Annual administration and progress report of the Indian Medical Department, Bombay
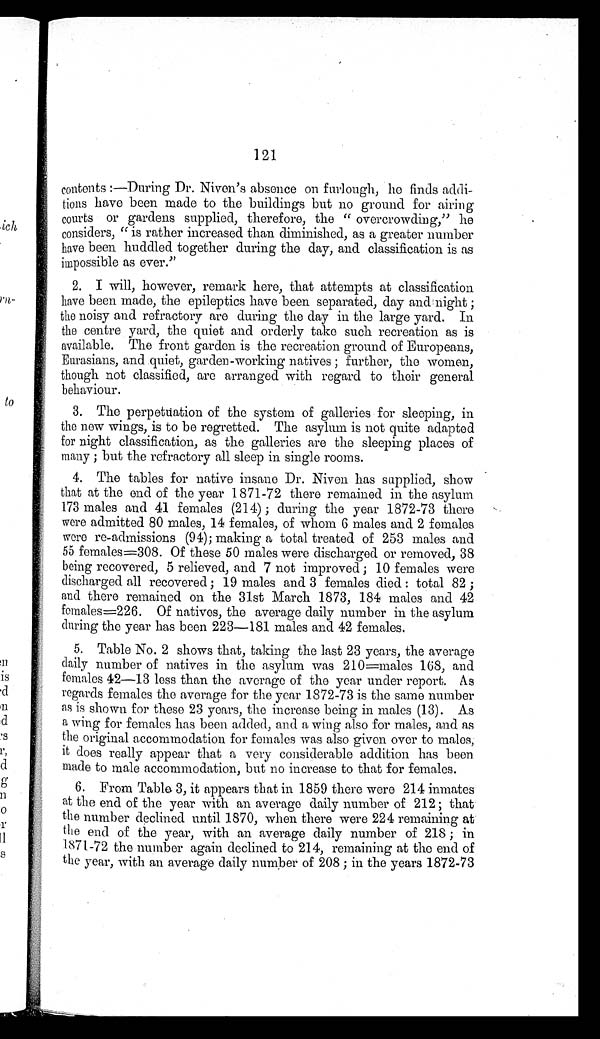
121
contents:—During Dr. Niven's absence on furlough, he finds addi
-tions have been made to the buildings but no ground for airing
courts or gardens supplied, therefore, the "overcrowding," he
considers, "is rather increased than diminished, as a greater number
have been huddled together during the day, and classification is as
impossible as ever."
2. I will, however, remark here, that attempts at classification
have been made, the epileptics have been separated, day and night;
the noisy and refractory are during the day in the large yard. In
the centre yard, the quiet and orderly take such recreation as is
available. The front garden is the recreation ground of Europeans,
Eurasians, and quiet, garden-working natives; further, the women,
though not classified, are arranged with regard to their general
behaviour.
3. The perpetuation of the system of galleries for sleeping, in
the new wings, is to be regretted. The asylum is not quite adapted
for night classification, as the galleries are the sleeping places of
many; but the refractory all sleep in single rooms.
4. The tables for native insane Dr. Niven has supplied, show
that at the end of the year 1871-72 there remained in the asylum
173 males and 41 females (214); during the year 1872-73 there
were admitted 80 males, 14 females, of whom 6 males and 2 females
were re-admissions (94); making a total treated of 253 males and
55 females=308. Of these 50 males were discharged or removed, 38
being recovered, 5 relieved, and 7 not improved; 10 females were
discharged all recovered; 19 males and 3 females died: total 82;
and there remained on the 31st March 1873, 184 males and 42
females=226. Of natives, the average daily number in the asylum
during the year has been 223-181 males and 42 females.
5. Table No. 2 shows that, taking the last 23 years, the average
daily number of natives in the asylum was 210=males 168, and
females 42—13 less than the average of the year under report. As
regards females the average for the year 1872-73 is the same number
as is shown for these 23 years, the increase being in males (13). As
a wing for females has been added, and a wing also for males, and as
the original accommodation for females was also given over to males,
it does really appear that a very considerable addition has been
made to male accommodation, but no increase to that for females.
6. From Table 3, it appears that in 1859 there were 214 inmates
at the end of the year with an average daily number of 212; that
the number declined until 1870, when there were 224 remaining at
the end of the year, with an average daily number of 218; in
1871-72 the number again declined to 214, remaining at the end of
the year, with an average daily number of 208; in the years 1872-73